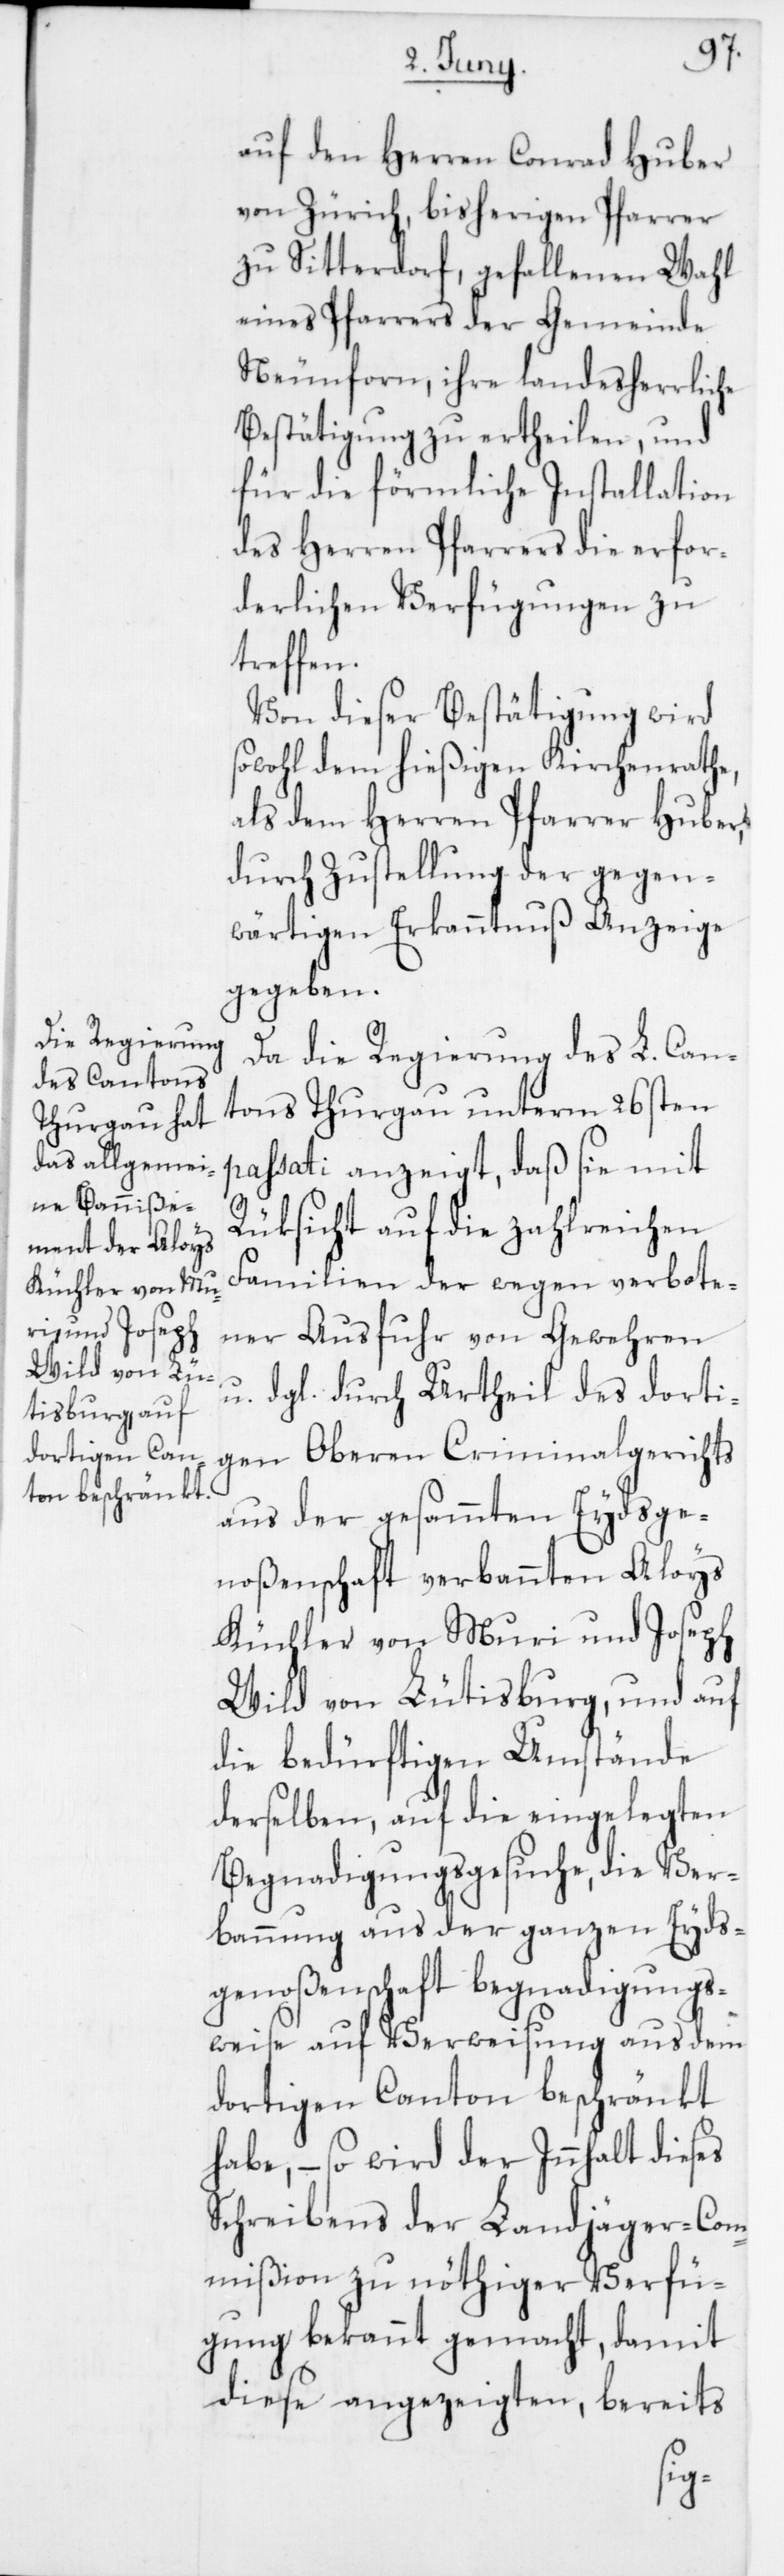
auf den Herren Conrad Huber
von Zürich, bisherigen Pfarrer
zu Sitterdorf, gefallenen Wahl
eines Pfarrers der Gemeinde
Neunforn, ihre landesherrliche
Bestätigung zu ertheilen, und
für die förmliche Installation
des Herren Pfarrers die erfor¬
derlichen Verfügungen zu
treffen.
Von dieser Bestätigung wird
sowohl dem hießigen Kirchenrathe,
als dem Herren Pfarrer Huber,
durch Zustellung der gegen¬
wärtigen Erkanntnuß Anzeige
gegeben.
Da die Regierung des L. Can¬
tons Thurgau unterm 26sten
passati anzeigt, daß sie mit
Rüksicht auf die zahlreichen
Familien der wegen verbote¬
ner Ausfuhr von Gewehren
u. dgl. durch Urtheil des dorti¬
gen Oberen Criminalgerichts
aus der gesammten Eydsge¬
noßenschaft verbannten Aloys
Küchler von Muri und Joseph
Wild von Lütisburg, und auf
die bedürftigen Umstände
derselben, auf die eingelegten
Begnadigungsgesuche, die Ver¬
bannung aus der ganzen Eyds¬
genoßenschaft begnadigungs¬
weise auf Verweisung aus dem
dortigen Canton beschränkt
habe, – so wird der Innhalt dieses
Schreibens der Landjäger-Com¬
mißion zu nöthiger Verfü¬
gung bekannt gemacht, damit
diese angezeigten, bereits